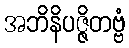
အဘိနိပဇ္ဇိတဗ္ဗံ